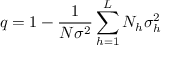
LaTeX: q = 1 - { \frac { 1 } { N \sigma ^ { 2 } } } \sum _ { h = 1 } ^ { L } N _ { h } \sigma _ { h } ^ { 2 }